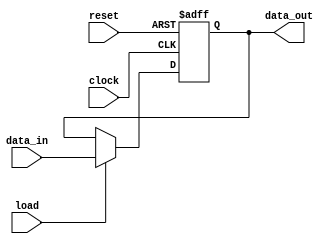
module register
# (
    parameter WIDTH = 8
)
(
    input                      clock,
    input                      reset,
    input                      load,
    input 	   [ WIDTH - 1:0 ] data_in,
    output reg [ WIDTH - 1:0 ] data_out
);

	always @ ( posedge clock, negedge reset )
		if ( ~reset )
            data_out <= { WIDTH { 1'b0 } };
        else if ( load )
            data_out <= data_in;
endmodule